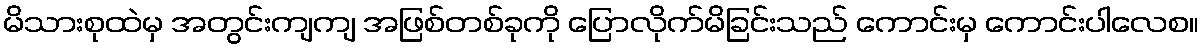
မိသားစုထဲမှ အတွင်းကျကျ အဖြစ်တစ်ခုကို ပြောလိုက်မိခြင်းသည် ကောင်းမှ ကောင်းပါလေစ။